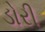
ડોરી